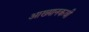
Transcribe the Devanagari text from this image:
आख्यानकवी